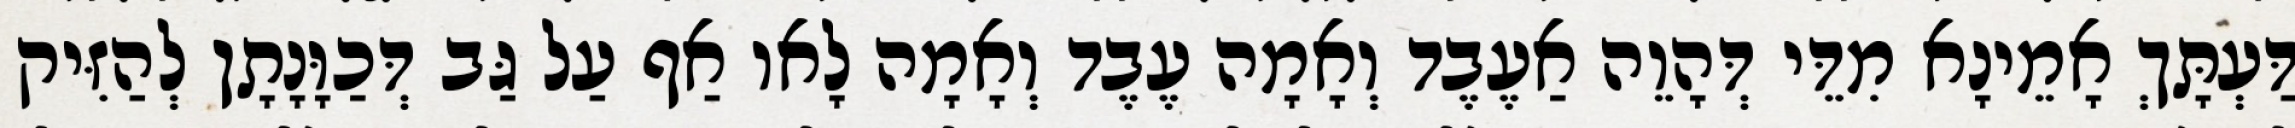
דַּעְתָּךְ אָמֵינָא מִדֵּי דְּהָוֵה אַעֶבֶד וְאָמָה עֶבֶד וְאָמָה לָאו אַף עַל גַּב דְּכַוָּנָתָן לְהַזִּיק